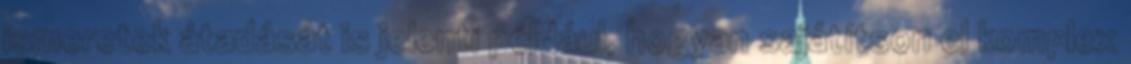
ismeretek átadását is jelenti például, hogyan sajátítson el komplex